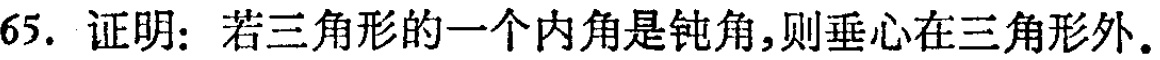
65. 证明：若三角形的一个内角是钝角，则垂心在三角形外.